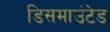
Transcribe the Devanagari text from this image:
डिसमाउंटेड